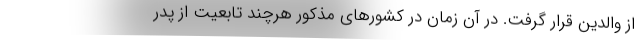
از والدین قرار گرفت. در آن زمان در کشورهای مذکور هرچند تابعیت از پدر